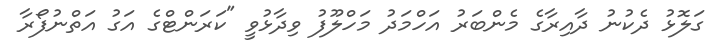
ގަލޮޅު ދެކުނު ދާއިރާގެ މެންބަރު އަހްމަދު މަހްލޫފު ވިދާޅުވީ "ކަރަންޓްގެ އަގު އަތްނުފޯރާ